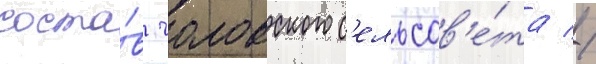
соста́в чоловского с'ельсов'е́та //